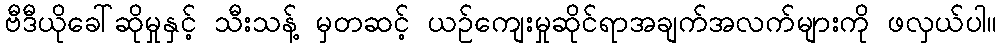
ဗီဒီယိုခေါ်ဆိုမှုနှင့် သီးသန့် မှတဆင့် ယဉ်ကျေးမှုဆိုင်ရာအချက်အလက်များကို ဖလှယ်ပါ။